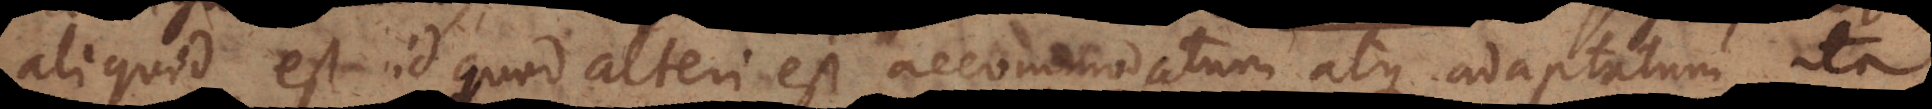
aliquid est id quod alteri est accommodatum atque adaptatum, ita